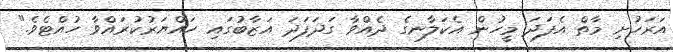
އަރަހުށި މާތް އެފަދަ މީހުން އެކަލާނގެ ދެއްވާ ގަދަފަދަ އަޒާބުގައި ހައްޔަރުކުރައްވާ ހުއްޓެވެ."